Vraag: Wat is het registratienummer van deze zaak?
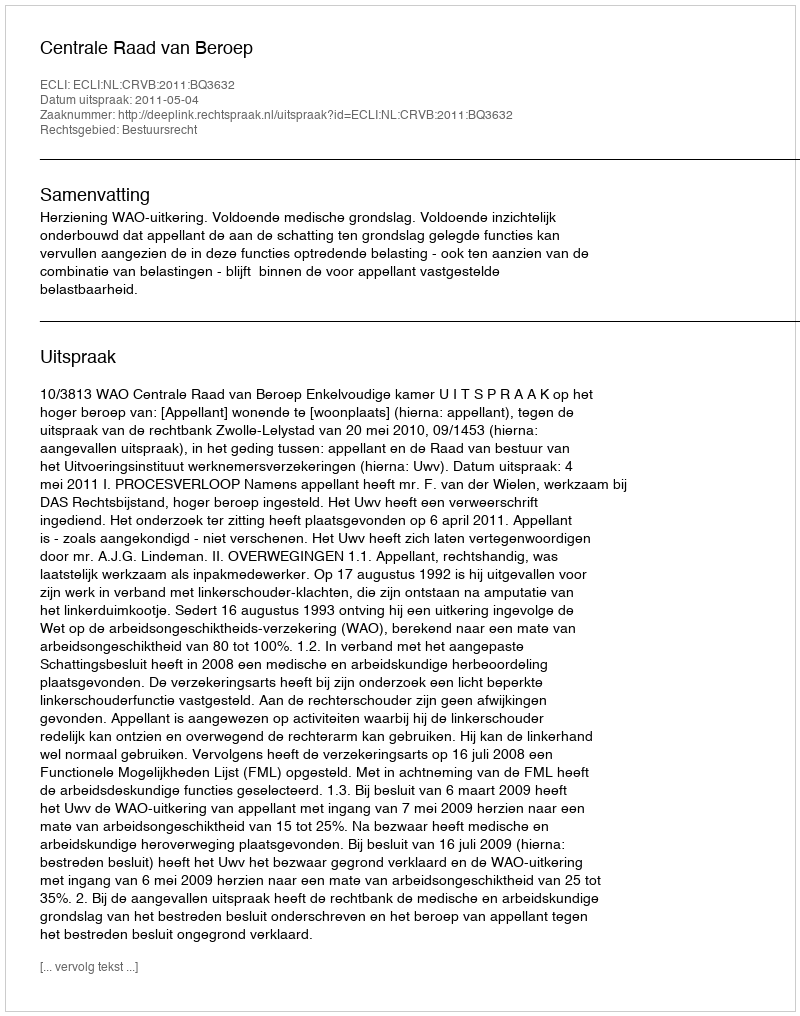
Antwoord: http://deeplink.rechtspraak.nl/uitspraak?id=ECLI:NL:CRVB:2011:BQ3632